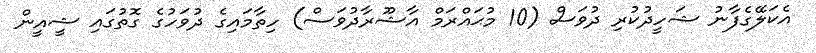
އެކަލޭގެފާނު ޝަހީދުކުރި ދުވަސް (10 މުޙައްރަމް އާޝޫރާދުވަސް) ހިތާމައިގެ ދުވަހުގެ ގޮތުގައި ޝީއީން